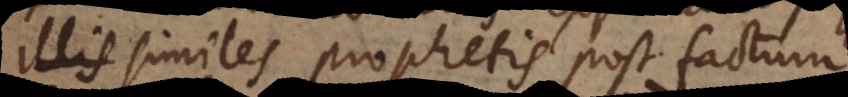
similes prophetis post factum